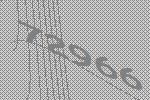
72966